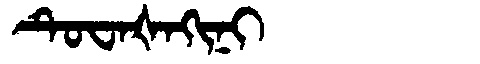
Manchu: ᡨᡠᠸᠠᡧᠠᡴᡳᠨᡳ
Romanization: TUWAŠAKINI